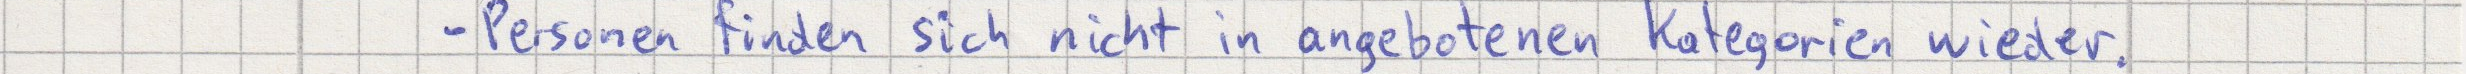
- Personen finden sich nicht in angebotenen Kategorien wieder.